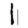
Digit: 1